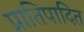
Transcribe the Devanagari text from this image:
प्रातिपादित